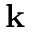
{ \bf k }